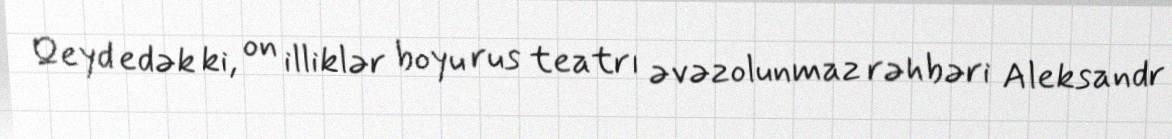
Qeyd edək ki, on illiklər boyu rus teatrı əvəzolunmaz rəhbəri Aleksandr